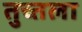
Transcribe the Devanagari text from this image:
तुच्तला